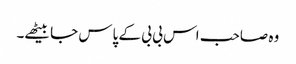
وہ صاحب اس بی بی کے پاس جا بیٹھے۔